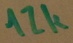
Text: 12k